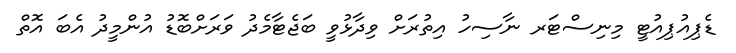
ޑެޕިއުޕިއުޓީ މިނިސްޓަރ ނާސިހު އިތުރަށް ވިދާޅުވީ ބަޖެޓާމެދު ވަރަށްބޮޑު އުންމީދު އެބަ އޮތް